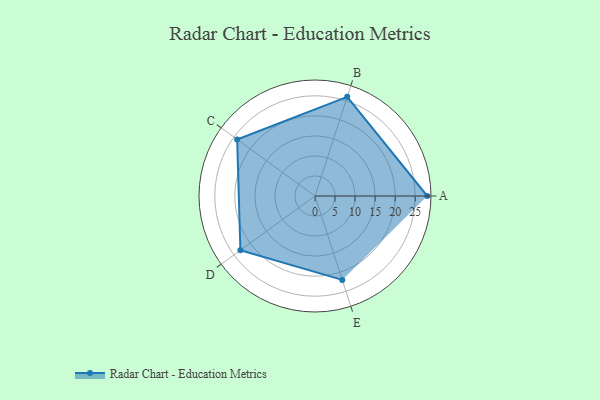
{"axis": {"x": "Skill", "y": "Score"}, "legend": ["Profile"], "data": [{"x": "A", "y": 28.0, "type": "Profile"}, {"x": "B", "y": 26.0, "type": "Profile"}, {"x": "C", "y": 24.0, "type": "Profile"}, {"x": "D", "y": 23.0, "type": "Profile"}, {"x": "E", "y": 22.0, "type": "Profile"}]}